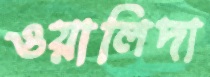
ওয়ালিদা